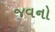
જવનો